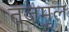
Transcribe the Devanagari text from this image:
तजमुल